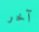
آخر